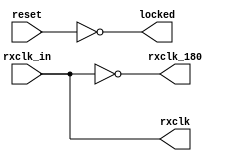
//////////////////////////////////////////////////////////////////////
////                                                              ////
//// MODULE NAME: rx clk generator                                ////
////                                                              ////
//// DESCRIPTION: Clk generator for Receive engine of 10 Gigabit  ////
////     Ethernet MAC.                                            ////
////                                                              ////
//// This file is part of the 10 Gigabit Ethernet IP core project ////
////  http://www.opencores.org/projects/ethmac10g/                ////
////                                                              ////
//// AUTHOR(S):                                                   ////
//// Zheng Cao                                                    ////
////                                                              ////
//////////////////////////////////////////////////////////////////////
////                                                              ////
//// Copyright (c) 2005 AUTHORS.  All rights reserved.            ////
////                                                              ////
//// This source file may be used and distributed without         ////
//// restriction provided that this copyright statement is not    ////
//// removed from the file and that any derivative work contains  ////
//// the original copyright notice and the associated disclaimer. ////
////                                                              ////
//// This source file is free software; you can redistribute it   ////
//// and/or modify it under the terms of the GNU Lesser General   ////
//// Public License as published by the Free Software Foundation; ////
//// either version 2.1 of the License, or (at your option) any   ////
//// later version.                                               ////
////                                                              ////
//// This source is distributed in the hope that it will be       ////
//// useful, but WITHOUT ANY WARRANTY; without even the implied   ////
//// warranty of MERCHANTABILITY or FITNESS FOR A PARTICULAR      ////
//// PURPOSE.  See the GNU Lesser General Public License for more ////
//// details.                                                     ////
////                                                              ////
//// You should have received a copy of the GNU Lesser General    ////
//// Public License along with this source; if not, download it   ////
//// from http://www.opencores.org/lgpl.shtml                     ////
////                                                              ////
//////////////////////////////////////////////////////////////////////
//
// CVS REVISION HISTORY:
//
// $Log: not supported by cvs2svn $
// Revision 1.2  2006/06/16 06:36:28  fisher5090
// no message
//
// Revision 1.1.1.1  2006/05/31 05:59:41  Zheng Cao
// first version
//
// Revision 1.1  2005/12/25 16:43:10  Zheng Cao
// 
// 
//
//////////////////////////////////////////////////////////////////////

//////////////////////////////////////////////////////////////////////
////                                                              ////
//// MODULE NAME: timescale.v                                     ////
////                                                              ////
//// DESCRIPTION:                                                 ////
////                                                              ////
//// This file is part of the 10 Gigabit Ethernet IP core project ////
////  http://www.opencores.org/projects/ethmac10g/                ////
////                                                              ////
//// AUTHOR(S):                                                   ////
//// Zheng Cao                                                    ////
////                                                              ////
//////////////////////////////////////////////////////////////////////
////                                                              ////
//// Copyright (c) 2005 AUTHORS.  All rights reserved.            ////
////                                                              ////
//// This source file may be used and distributed without         ////
//// restriction provided that this copyright statement is not    ////
//// removed from the file and that any derivative work contains  ////
//// the original copyright notice and the associated disclaimer. ////
////                                                              ////
//// This source file is free software; you can redistribute it   ////
//// and/or modify it under the terms of the GNU Lesser General   ////
//// Public License as published by the Free Software Foundation; ////
//// either version 2.1 of the License, or (at your option) any   ////
//// later version.                                               ////
////                                                              ////
//// This source is distributed in the hope that it will be       ////
//// useful, but WITHOUT ANY WARRANTY; without even the implied   ////
//// warranty of MERCHANTABILITY or FITNESS FOR A PARTICULAR      ////
//// PURPOSE.  See the GNU Lesser General Public License for more ////
//// details.                                                     ////
////                                                              ////
//// You should have received a copy of the GNU Lesser General    ////
//// Public License along with this source; if not, download it   ////
//// from http://www.opencores.org/lgpl.shtml                     ////
////                                                              ////
//////////////////////////////////////////////////////////////////////
//
// CVS REVISION HISTORY:
//
// $Log: not supported by cvs2svn $
// Revision 1.1.1.1  2006/05/31 05:59:43  Zheng Cao
// first version
//
// Revision 1.1  2005/12/25 16:43:10  Zheng Cao
// 
// 
//
//////////////////////////////////////////////////////////////////////
`timescale 100ps / 10ps
//////////////////////////////////////////////////////////////////////
////                                                              ////
//// MODULE NAME: definition of parameters                        ////
////                                                              ////
//// DESCRIPTION:                                                 ////
////                                                              ////
////                                                              ////
//// This file is part of the 10 Gigabit Ethernet IP core project ////
////  http://www.opencores.org/projects/ethmac10g/                ////
////                                                              ////
//// AUTHOR(S):                                                   ////
//// Zheng Cao                                                    ////
////                                                              ////
//////////////////////////////////////////////////////////////////////
////                                                              ////
//// Copyright (c) 2005 AUTHORS.  All rights reserved.            ////
////                                                              ////
//// This source file may be used and distributed without         ////
//// restriction provided that this copyright statement is not    ////
//// removed from the file and that any derivative work contains  ////
//// the original copyright notice and the associated disclaimer. ////
////                                                              ////
//// This source file is free software; you can redistribute it   ////
//// and/or modify it under the terms of the GNU Lesser General   ////
//// Public License as published by the Free Software Foundation; ////
//// either version 2.1 of the License, or (at your option) any   ////
//// later version.                                               ////
////                                                              ////
//// This source is distributed in the hope that it will be       ////
//// useful, but WITHOUT ANY WARRANTY; without even the implied   ////
//// warranty of MERCHANTABILITY or FITNESS FOR A PARTICULAR      ////
//// PURPOSE.  See the GNU Lesser General Public License for more ////
//// details.                                                     ////
////                                                              ////
//// You should have received a copy of the GNU Lesser General    ////
//// Public License along with this source; if not, download it   ////
//// from http://www.opencores.org/lgpl.shtml                     ////
////                                                              ////
//////////////////////////////////////////////////////////////////////
//
// CVS REVISION HISTORY:
//
// $Log: not supported by cvs2svn $
// Revision 1.2  2006/06/16 06:36:28  fisher5090
// no message
//
// Revision 1.1.1.1  2006/05/31 05:59:44  Zheng Cao
// first version
//
// Revision 1.1  2005/12/25 16:43:10  Zheng Cao
// 
// 
//
//////////////////////////////////////////////////////////////////////





///////////////////////////////////////////////
// Length parameters
///////////////////////////////////////////////






///////////////////////////////////////////////
// Frame field parameters
///////////////////////////////////////////////












////////////////////////////////////////////////
// Frame bytes counter parameter
//////////////////////////////////////////////// 


module rxClkgen(rxclk_in, reset, rxclk, rxclk_180, locked);
    input rxclk_in;
    input reset;
    output rxclk;
    output rxclk_180;
    output locked;
    // 2x clock should be provided with dcm
    wire rxclk;
    wire rxclk_180;
  //  wire rxclk_2x;
    /*dcm0 rx_dcm(.CLKIN_IN(rxclk_in), 
                .RST_IN(reset), 
                .CLKIN_IBUFG_OUT(), 
                .CLK0_OUT(rxclk), 
                .CLK180_OUT(rxclk_180),	
                .LOCKED_OUT(locked)
               );*/
    assign rxclk = rxclk_in;
    assign rxclk_180 = ~rxclk;
    assign locked = ~reset;

endmodule